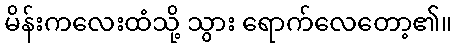
မိန်းကလေးထံသို့ သွား ရောက်လေတော့၏။